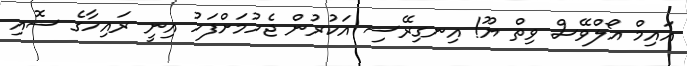
އައިމް އޯލްވޭސް ވިތް ޔޫ! އިނގިރޭސި އަކުރުން ޖެހުމަށްފަހު އިނީ ރައިހާގެ ސޮއި